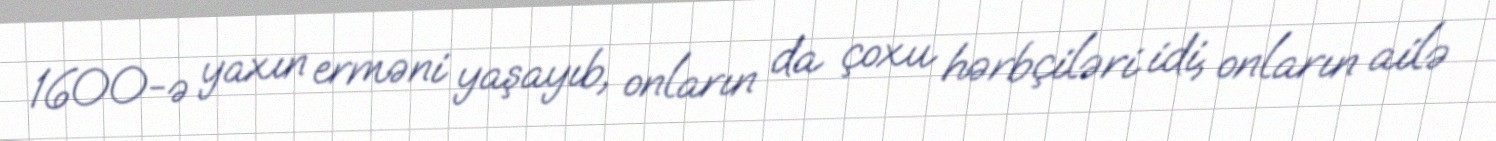
1600-ə yaxın erməni yaşayıb, onların da çoxu hərbçiləri idi, onların ailə